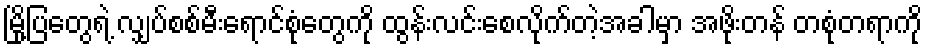
မြို့ပြတွေရဲ့ လျှပ်စစ်မီးရောင်စုံတွေကို ထွန်းလင်းစေလိုက်တဲ့အခါမှာ အဖိုးတန် တစုံတရာကို